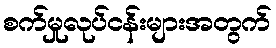
စက်မှုလုပ်ငန်းများအတွက်